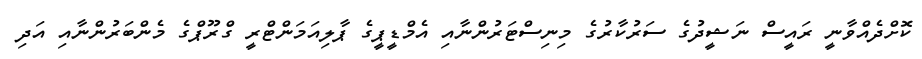
ކޮށްދެއްވާނީ ރައީސް ނަޝީދުގެ ސަރުކާރުގެ މިނިސްޓަރުންނާއި އެމްޑީޕީގެ ޕާލިއަމަންޓްރީ ގްރޫޕްގެ މެންބަރުންނާއި އަދި